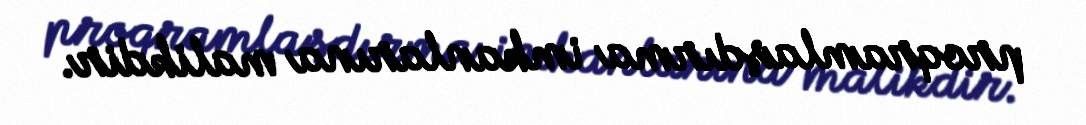
proqramlaşdırma imkanlarına malikdir.